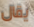
يقال